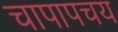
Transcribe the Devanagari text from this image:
चापापचय